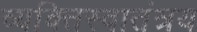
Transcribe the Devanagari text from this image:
व्यक्तिस्वातंत्रय